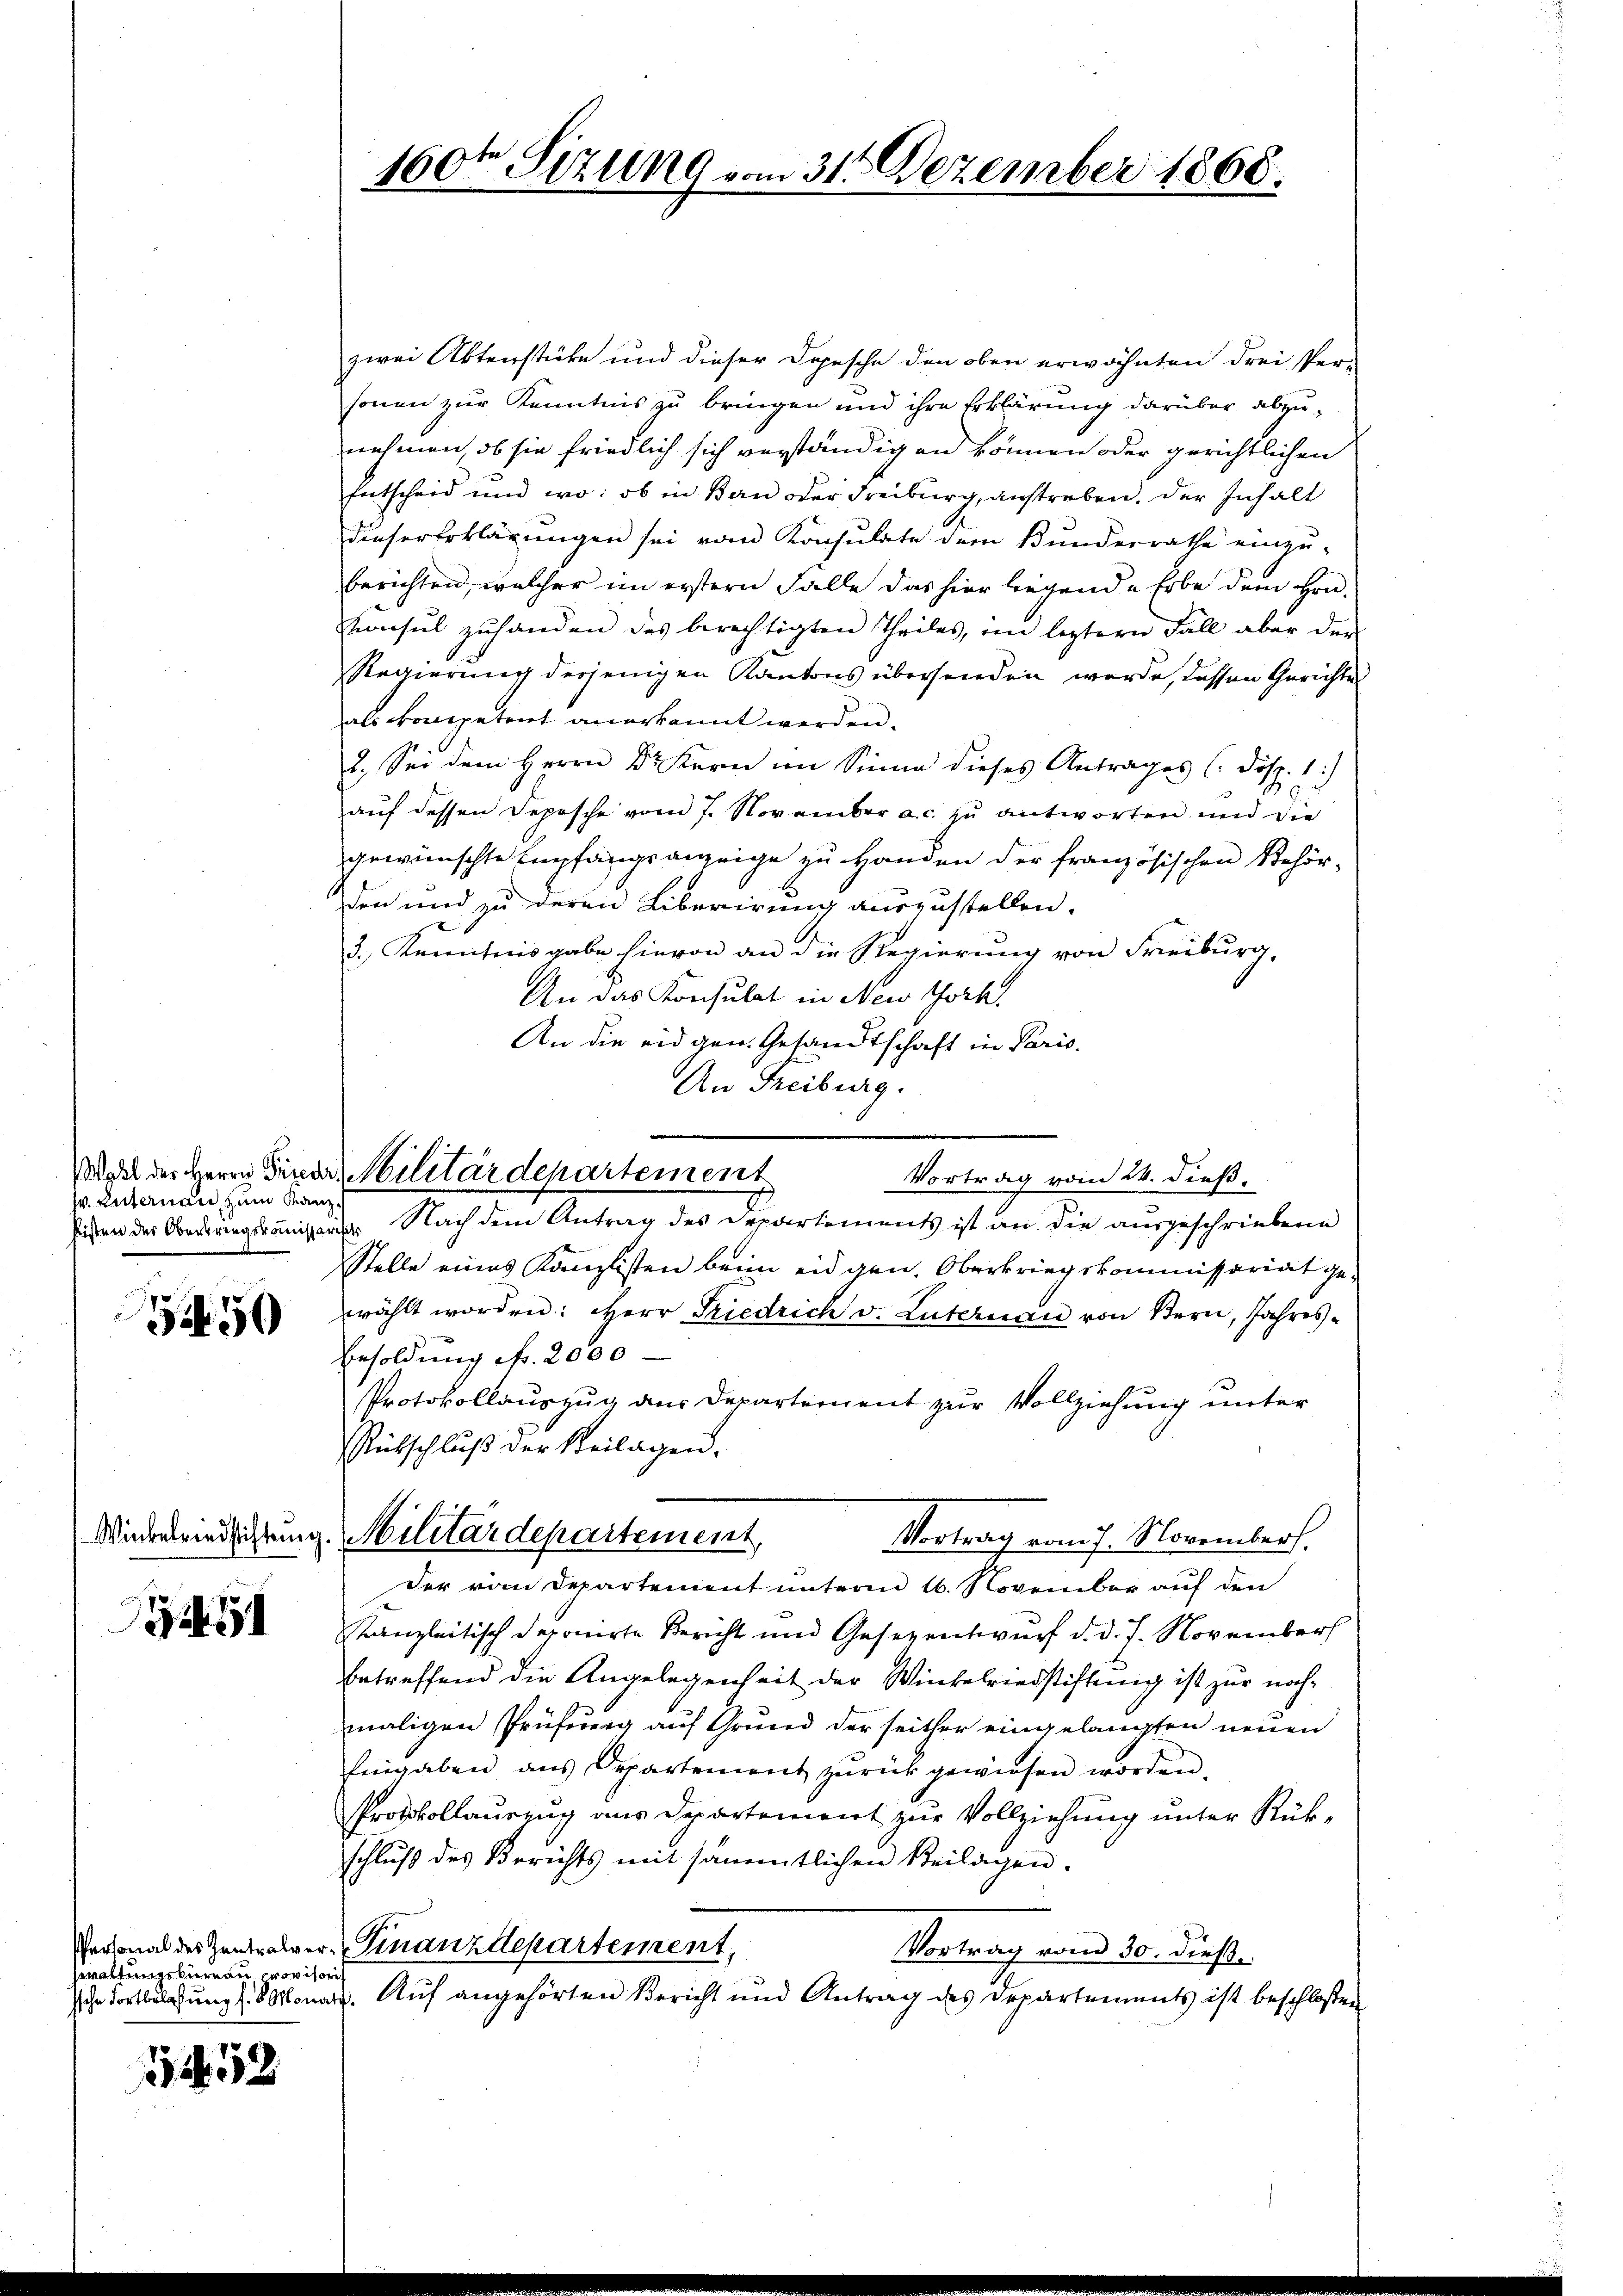
Wahl des Herrn Friedr
w. Enternau, zum Kan
Peisten des Oberbringskommissa

450

2

Zwaltungsbureau provisori

152

160ten Sizung vom 31. Dezember 1868.

v. Militärdepartement

zwei Aktenstücke und dieser Depesche den oben erwähnten drei Ver-
sonen zur Kenntnis zu bringen und ihre Erklärung darüber abzunehmen, ob sie friedlich sich verständigen können oder gerichtlichen
Entscheid und wo: ob in Bern oder Freiburg, anstreben, der Inhalt
dieser Erklärungen sei vom Konsulate dem Bundesrathe einzu-
berichten, welcher im erstern Falle das hier liegende Erbe dem Hrn.
Konsul zuhanden des berechtigten Theiles, im leztern Fall aber der
Regierung derjenigen Kantons übersenden werde, dassen Gerichtes
als competent anerkannt werden.
2. Sei dem Herrn Dr Kern im Sinne dieses Antrages C. Disp. 1.)
auf dessen Depesche vom 7. November a. c. zu antworten und die
gewünschte Empfangsanzeige zu Handen der französischen Behör-
den und zu deren Liberirung auszustellen.
3.) Kenntnisgabe hievon an die Regierung von Freiburg,
An das Konsulat in New York
An die eidgen. Gesandtschaft in Paris.
An Freiburg.
Vortrag vom 24. dieß.
r Nach dem Antrag des Departements ist an die ausgeschriebene
Stelle eines Kanzlisten beim eidgen. Oberkriegskommissariat gewählt worden: Herr Friedrich v. Luternau von Bern, Jahres¬
Ersoldung Nr. 2000
Protokollauszug aus Departement zur Vollziehung unter
Rütschluß der Beilagen.
Wiedelrindsichtung. Militärdepartement,
Vortrag vom 7. November.
Der vom Departement unterm 16. November auf den
Kanzleitisch deponirte Bericht und Gesezentwurf d. d. 7. November
betreffend die Angelegenheit der Winkelriedstiftung ist zur nochmaligen Prüfung auf Grund der seither eingelangten neuen
Eingaben ans Departement zŭrückgewiesen worden.
Protokollauszug aus Departement zur Vollziehung unter Rükschluß des Berichts mit sämmtlichen Beilagen.
Personal des Zentralver Finanzdepartement,
Vortrag vom 30. dieße.
sche Fortbelastung 18 Monat. Auf angehörten Bericht und Antrag des Departements ist beschloßen